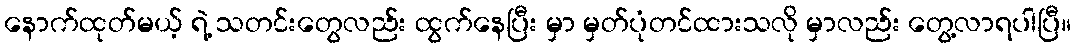
နောက်ထုတ်မယ့် ရဲ့ သတင်းတွေလည်း ထွက်နေပြီး မှာ မှတ်ပုံတင်ထားသလို မှာလည်း တွေ့လာရပါပြီ။